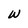
Character: w